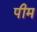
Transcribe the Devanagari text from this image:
पीम